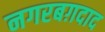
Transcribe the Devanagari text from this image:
नगरबग़दाद